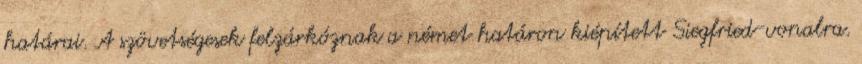
határai. A szövetségesek felzárkóznak a német határon kiépített Siegfried-vonalra.